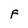
Character: F